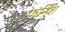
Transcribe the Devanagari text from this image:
फर्निश